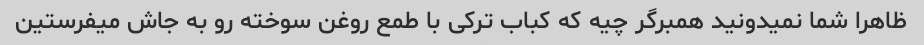
ظاهرا شما نمیدونید همبرگر چیه که کباب ترکی با طمع روغن سوخته رو به جاش میفرستین